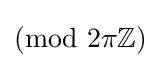
(\mathrm {mod} \,\,2\pi \mathbb {Z} )